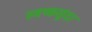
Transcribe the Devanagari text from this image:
स्वच्छसुंदर